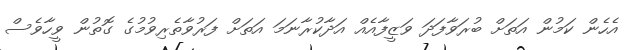
އެހެން ކަމުން އަތަށް ބުރަވާފަދަ ވަޒީފާއެއް އަދާކުރާނަމަ އަތަށް ފަރުވާތެރިވުމުގެ ގޮތުން ވީހާވެސް